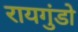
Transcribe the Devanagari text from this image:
रायगुंडो